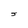
Character: J